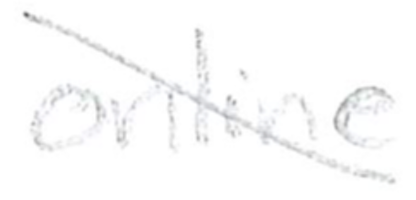
Text: online
Cross-out: diagonal
Writing tool: pencil